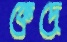
ফেদে